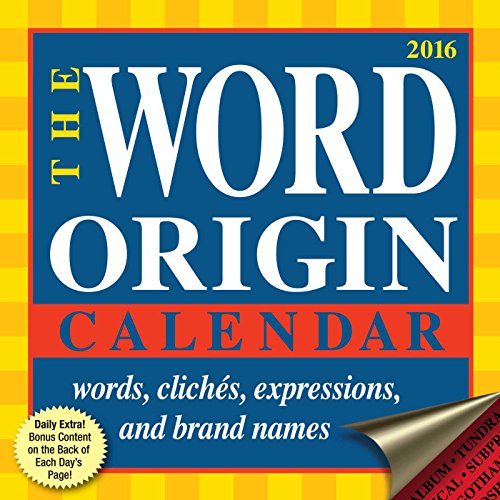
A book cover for Word Origin 2016 Day-to-Day Calendar; Gregory McNamee; Reference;